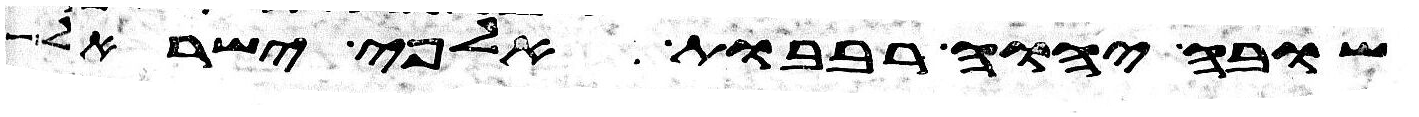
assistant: שובה יהוה רבבות אלפי ישראל